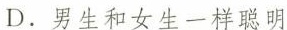
D.男生和女生一样聪明